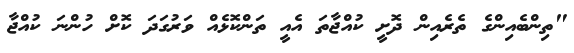
"ތިންބެއިންގެ ތެރެއިން ދޮށީ ކުއްޖާތަ އެއީ ތަންކޮޅެއް ވަރުގަދަ ކޮށް ހުންނަ ކުއްޖާ